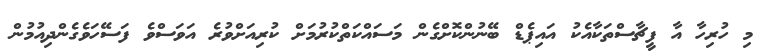
މި ހުރިހާ އާ ފީޗާސްތަކާއެކު އައިޕެޑް ބޭނުންކޮށްގެން މަސައްކަތްކުރުމަށް ކުރިއަށްވުރެ އަވަސްވެ ފަސޭހަވެގެންދިއުމުން